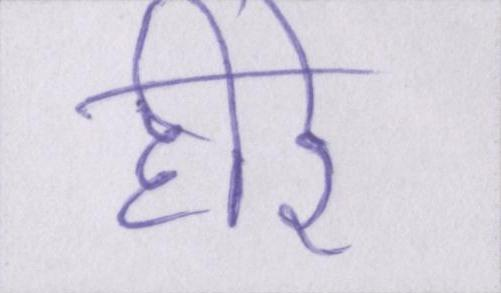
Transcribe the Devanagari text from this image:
हीरे